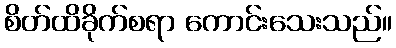
စိတ်ထိခိုက်စရာ ကောင်းသေးသည်။